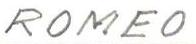
ROMEO